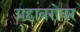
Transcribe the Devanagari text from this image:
ग्रहाबरोबर